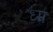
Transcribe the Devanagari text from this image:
ध्म्र